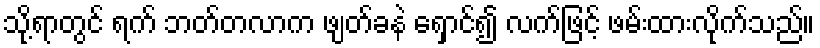
သို့ရာတွင် ရက် ဘတ်တလာက ဖျတ်ခနဲ ရှောင်၍ လက်ဖြင့် ဖမ်းထားလိုက်သည်။